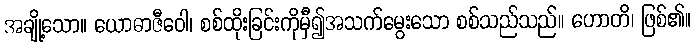
အချို့သော။ ယောဓာဇီဝေါ၊ စစ်ထိုးခြင်းကိုမှီ၍အသက်မွေးသော စစ်သည်သည်။ ဟောတိ၊ ဖြစ်၏။